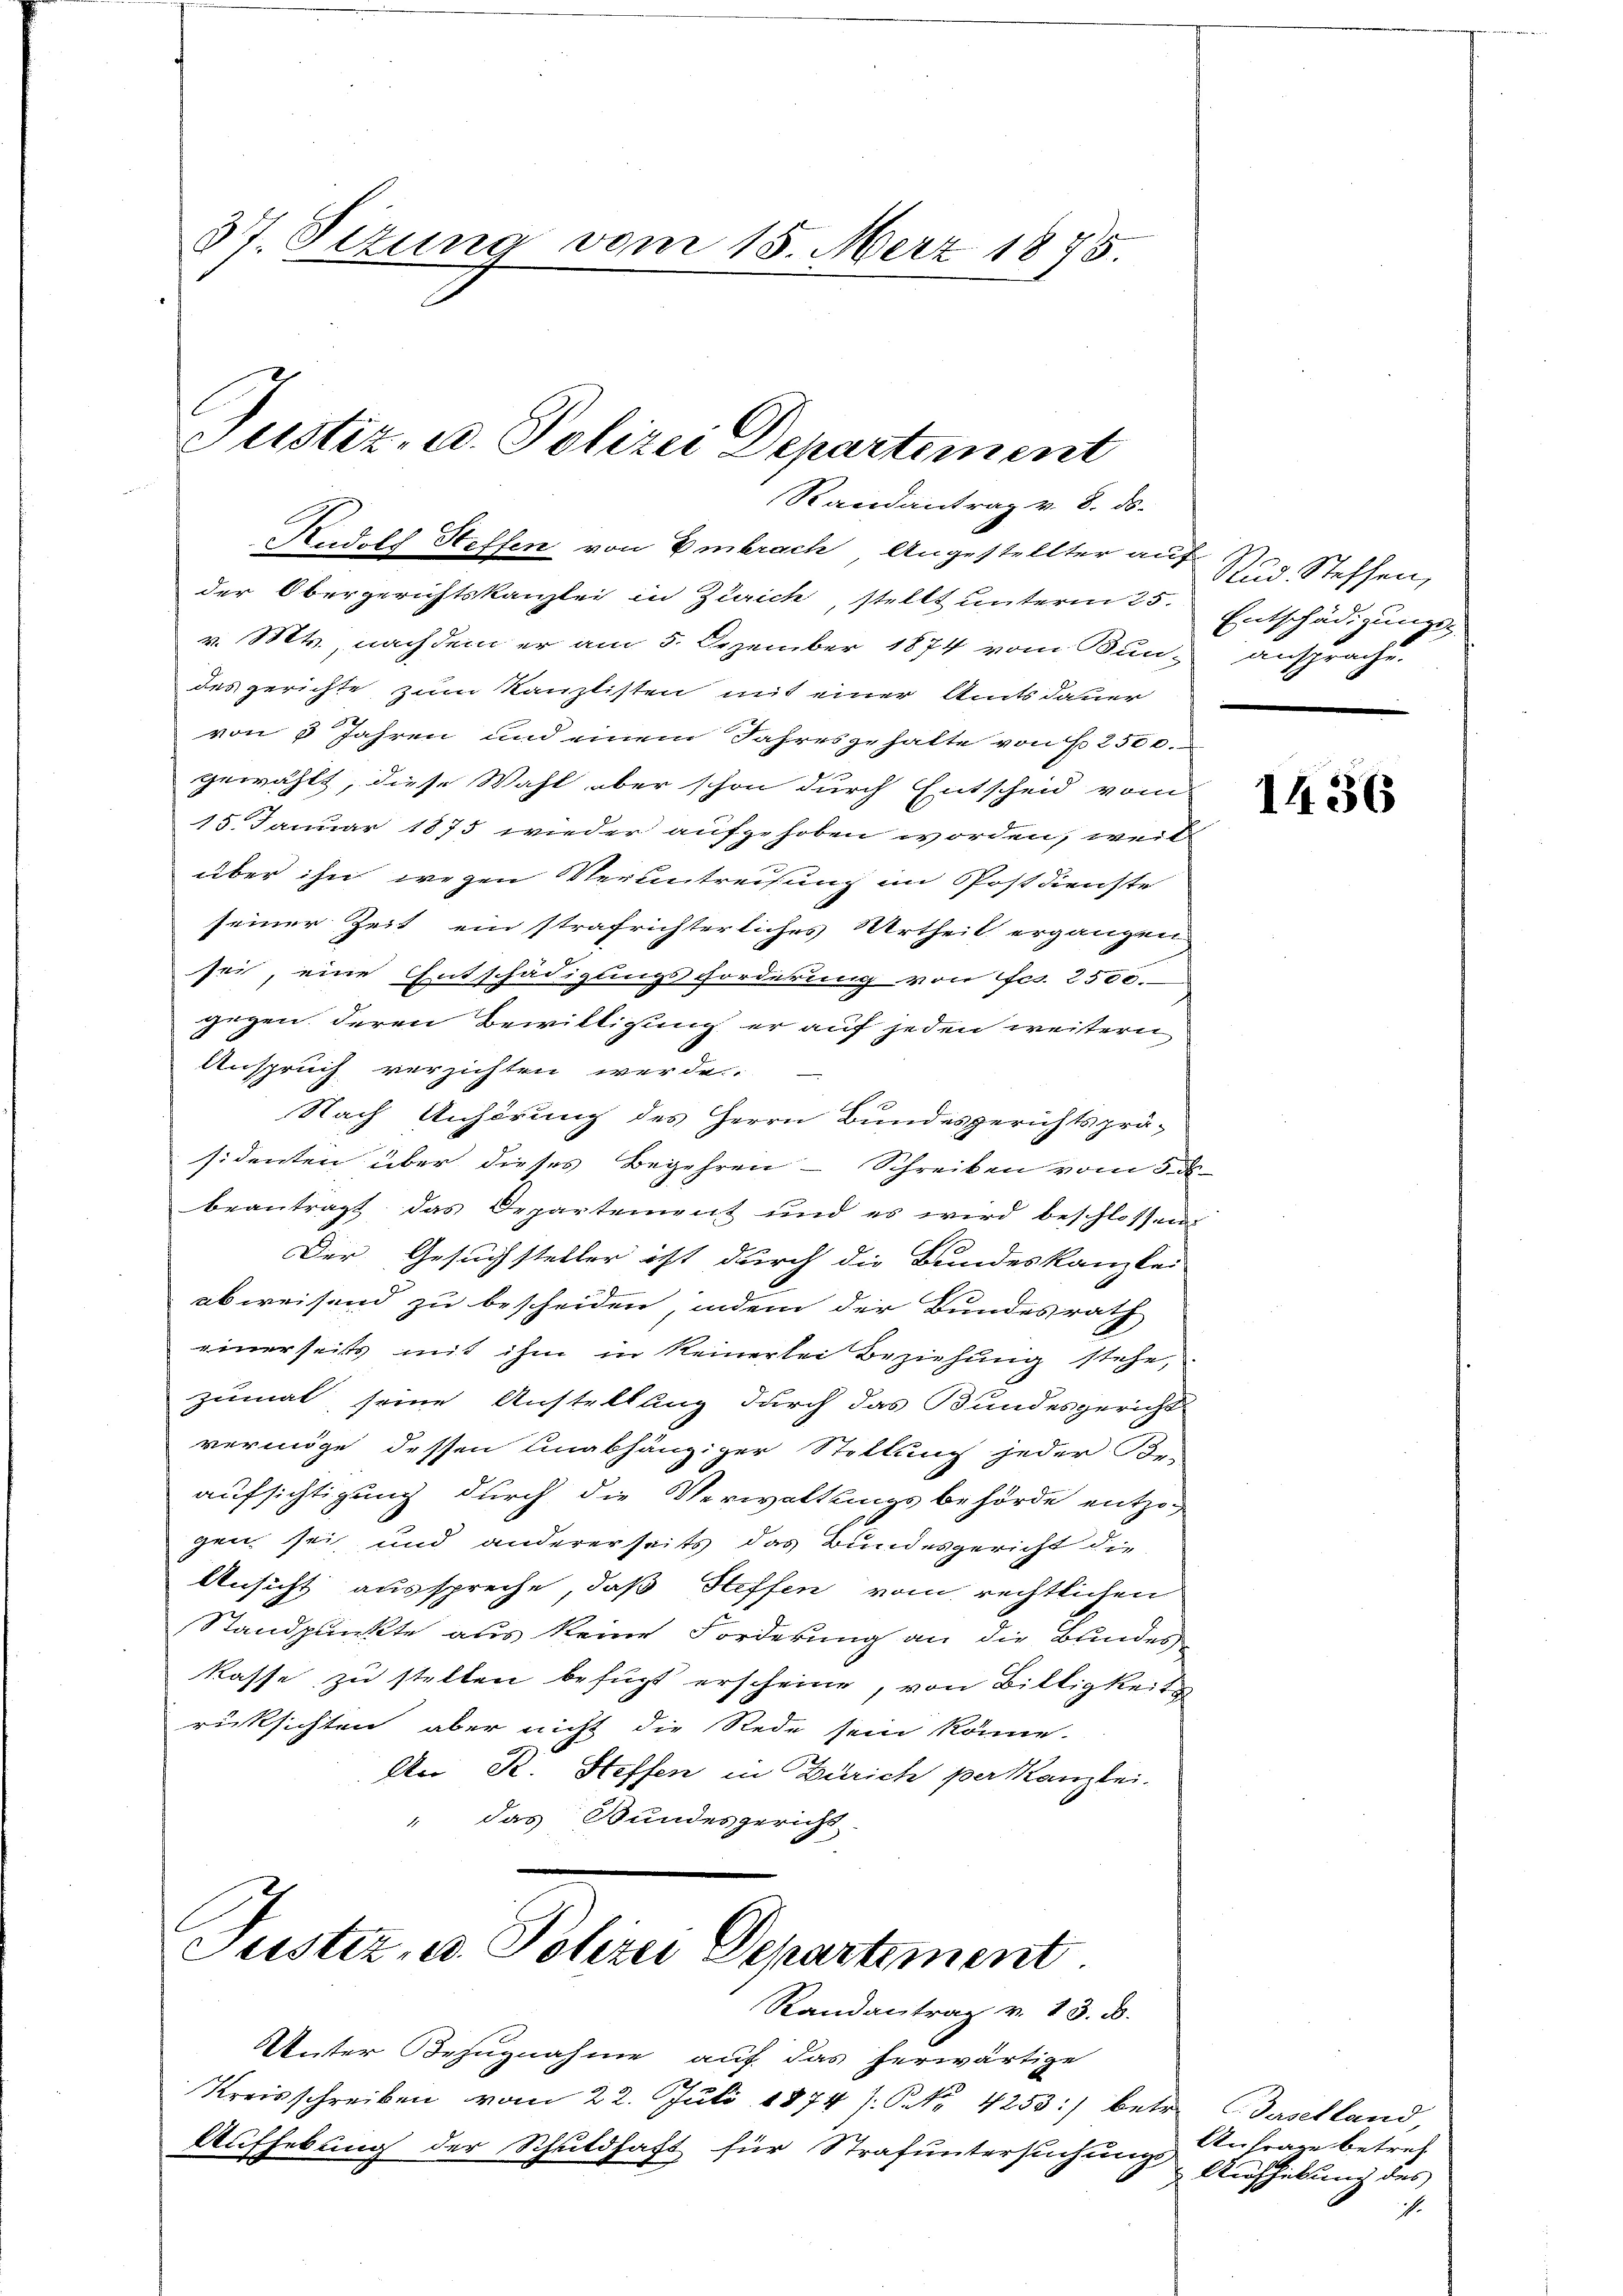
37. Sizung vom 15. März 1875.

Randantrag v. 8. ds.
Rudolf Steffen von Embrach, Angestellter auf Rud. Steffen,

Justiz- u. Polizei Departement

der Obergerichtskanzlei in Zürich, stellt unterm 25. Entschädigungs-
v. Mts., nachdem er am 5. Dezember 1874 vom Bun-ansprache.
des gerichte zum Kanzlisten mit einer Amtsdauer
von 3 Jahren und einem Jahresgehalte von No 2500.
gewählt, diese Wahl aber schon durch Entscheid vom
15. Januar 1875 wieder aufgehoben worden, weil
über ihn wegen Veruntreisung im Postdienste
seiner Zeit ein strafrichterliches Urtheil ergangen
sei, eine Entschädigungsforderung von fes. 2500
gegen deren Bewilligung er auf jeden weitern
Anspruch verzichten werde.
Nach Anhörung des Herrn Bundesgerichtsprä-
sidenten über dieses Begehren - Schreiben vom 5. ds
beantragt das Departement und es wird beschlossen
Der Gesuchsteller ist durch die Bundeskanzlei-
abweisend zu bescheiden, indem der Bundesrath
einerseits mit ihm in keinerlei Beziehung stehe,
zumal, seine Anstellung durch das Bundesgericht
vermöge dessen Unabhängiger Stellung jeder Be-
aufsichtigung durch die Verwaltungsbehörde entzog
gen sei und andererseits das Bundesgericht die
Ansicht ausspreche, daß Steffen vom rechtlichen
Standpunkte aus keine Forderung an die Bundes
kasse zu stellen befügt erscheine, von Billigkeits
rücksichten, aber nicht die Rede sein könne.
An R. Steffen in Zürich per kanzlei.
" das Bundesgericht

Justiz- u. Polizei Departement
Randantrag v. 13. d.

Unter Bezugnahme auf das herwärtige
Kreisschreiben vom 22. Juli 1874 1. P. Nr. 4253:) betr.
Aufhebung der Schuldhaft für Strafuntersuchung,

1436

Baselland,
Anfrage betref
Aufhebung des
ich